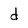
Character: d